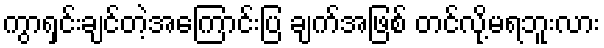
ကွာရှင်းချင်တဲ့အကြောင်းပြ ချက်အဖြစ် တင်လို့မရဘူးလား